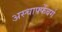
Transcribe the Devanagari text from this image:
अस्चाफ्फेंबर्ग